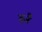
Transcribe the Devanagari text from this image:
गुजै